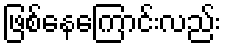
ဖြစ်နေကြောင်းလည်း